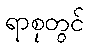
ရာစုတွင်